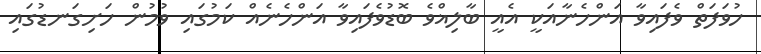
ހުވަފަތް ވެފައިވާ އަންހެނާއަކީ އެއީ ބާލިޣްވެ ބޮޑުވެފައިވާ އަންހެނެއް ކަމުގައި ވުމުން ހަށިގަނޑުގައި